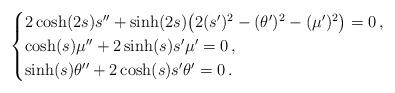
LaTeX: \begin{align*}\begin{cases}2\cosh(2s) s'' +\sinh(2s)\big( 2 (s')^2-(\theta')^2-(\mu')^2\big)=0\,,\\ \cosh(s)\mu''+2\sinh(s)s'\mu' = 0\,,\\ \sinh(s)\theta''+2\cosh(s)s'\theta' = 0\,. \end{cases}\end{align*}